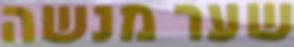
שער מנשה